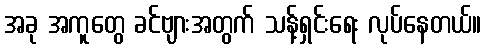
အခု အကူတွေ ခင်ဗျားအတွက် သန့်ရှင်းရေး လုပ်နေတယ်။